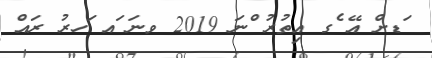
ަޑށް އޭ ެގ އިތުރު ްނަ 2019 ވނަ ައ ަހރު ރައް